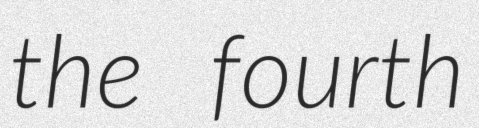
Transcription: the fourth